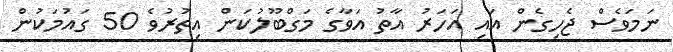
ނަމަވެސް ޖެހިގެން އައި އަހަރު އާތު އަވާގެ މަގްބޫލުކަން އިތުރުވެ 50 ގައުމަކުން